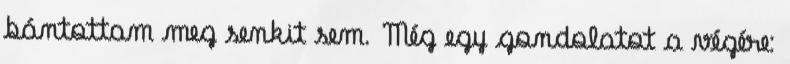
bántottam meg senkit sem. Még egy gondolatot a végére: